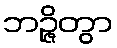
ဘဉ္ဇိတွာ